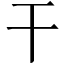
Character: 干